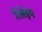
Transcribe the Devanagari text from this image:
रिलेइंग